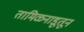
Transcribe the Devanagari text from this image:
तामिळनाडूतून